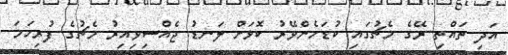
އަދި ތައްތި ރޭގެ މެޗުގައި ކުޑަހެންވޭރު ކޮޅަށް ލަނޑު ޖެއްސިވިއިރު މެޗުގެ ފުރިހަމަ